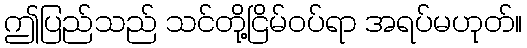
ဤပြည်သည် သင်တို့ငြိမ်ဝပ်ရာ အရပ်မဟုတ်။